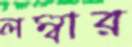
লম্বার